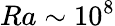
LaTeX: Ra\sim 10^{8}